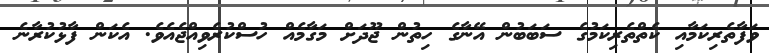
ވަފާތެރިކަމާއި ކެތްތެރިކަމުގެ ސަބަބުން އޭނާގެ ހިތުން ޖޫދަށް މަގާމެއް ހުސްކުރެވިއްޖެއެވެ. އެކަން ފާޅުކުރާނެ